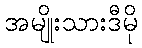
အမျိုးသားဒီမို